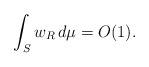
LaTeX: \begin{align*}\int_S w_R \, d\mu = O(1).\end{align*}